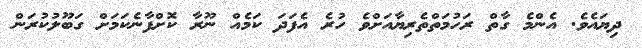
ދިޔައެވެ. އެންމެ ގާތް ރަހުމަތްތެރިޔާއަށްވެ ހުރެ އެފަދަ ކަމެއް ނޫރާ ކޮށްފާނެކަމަށް ގަބޫލުކުރަން